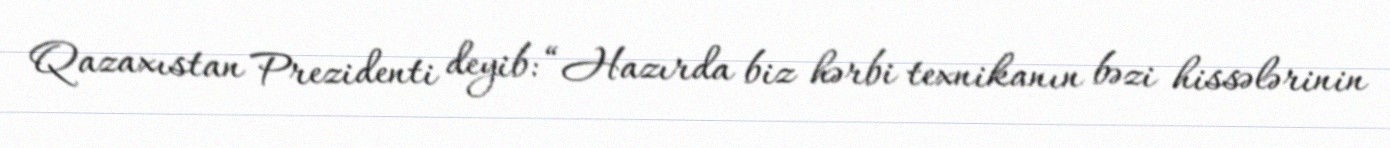
Qazaxıstan Prezidenti deyib: “Hazırda biz hərbi texnikanın bəzi hissələrinin